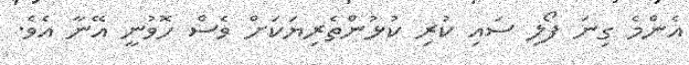
އެންމެ ގިނަ ފޯލި ސައި ކުރި ކުޅުންތެރިޔަކަށް ވެސް ހޮވުނީ އޭނާ އެވެ.